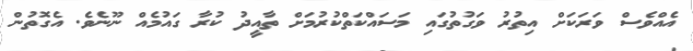
އެއްވެސް ވަރަކަށް އިތުރު ވަގުތުގައި މަސައްކަތްކުރުމަށް ތާއީދު ކުރާ ގައުމެއް ނޫނެވެ. އެގޮތުން